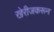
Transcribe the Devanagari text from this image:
खेरीजकरून